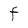
Character: F